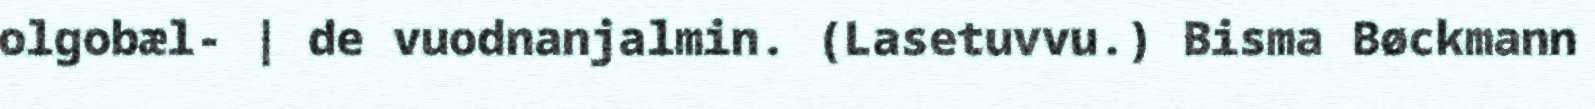
olgobæl- | de vuodnanjalmin. (Lasetuvvu.) Bisma Bøckmann